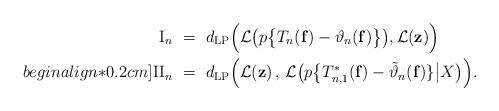
LaTeX: \begin{align*} \textup{I}_n & \ = \ d_{\mathrm{LP}}\Big(\mathcal{L}\big(p\big\{T_{n}(\mathbf{f})-\vartheta_{n}(\mathbf{f})\big\}\big), \mathcal{L}(\mathbf{z})\Big) \\begin{align*}0.2cm] \textup{II}_n & \ = \ d_{\mathrm{LP}}\Big(\mathcal{L}(\mathbf{z})\, ,\, \mathcal{L}\big(p\big\{T_{n, 1}^{*}(\mathbf{f})-\tilde{\vartheta}_{n}(\mathbf{f})\} \big| X\big)\Big). \end{align*}